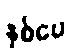
နှစ်ပေ